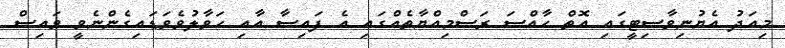
މިއަދު އެޔުނިވާސިޓީގައި އޮތް ހާއްސަ ރަސްމިއްޔާތެއްގައި އެ ފައިސާ އާއި ހަވާލުވެވަޑައިގެންނެވީ ވައިސް